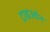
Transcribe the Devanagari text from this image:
ट्राइओन